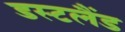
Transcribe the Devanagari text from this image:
डस्टलैंड